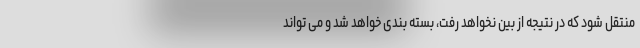
منتقل شود که در نتیجه از بین نخواهد رفت، بسته بندی خواهد شد و می تواند